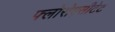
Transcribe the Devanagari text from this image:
फ्लोरोएसीटेट